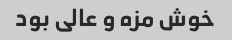
خوش مزه و عالی بود